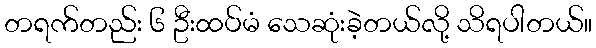
တရက်တည်း ၆ ဦးထပ်မံ သေဆုံးခဲ့တယ်လို့ သိရပါတယ်။